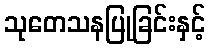
သုတေသနပြုခြင်းနှင့်